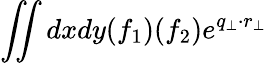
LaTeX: \iint dxdy(f_{1})(f_{2})e^{q_{\perp}\cdot r_{\perp}}